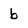
Character: b